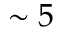
\sim 5